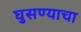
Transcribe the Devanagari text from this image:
घुसण्याचा